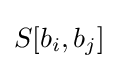
S[b_{i},b_{j}]